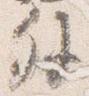
外